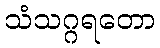
သံသဂ္ဂရတော